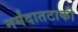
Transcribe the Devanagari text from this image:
नर्मदातटाकी